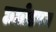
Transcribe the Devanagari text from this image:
छछोडपन